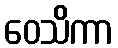
ဝေသိကာ